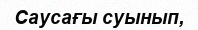
Саусағы суынып,